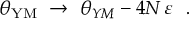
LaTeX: \theta _ { \mathrm { Y M } } ~ \to ~ \theta _ { Y M } - 4 N \, \varepsilon ~ ~ .